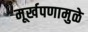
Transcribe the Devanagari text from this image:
मूर्खपणामुळे